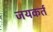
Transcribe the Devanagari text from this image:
जयकर्त